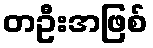
တဦးအဖြစ်